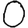
Digit: 0